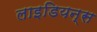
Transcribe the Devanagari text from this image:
लाइडियन्स